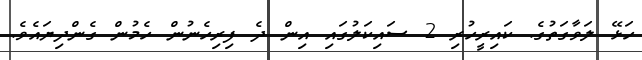
ހަޅޭ ލަވާގަތުގެ. ކައިރީހުރި 2 ސައިކަލުގައި އިން ދެ ފިރިހެނުން ހެމުން ގެންދިޔައެވެ.